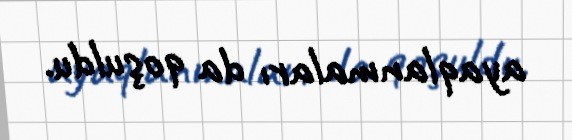
ayaqlanmaları da qoşuldu.